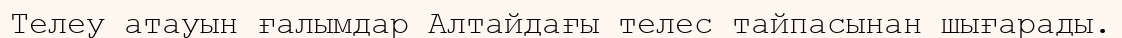
Телеу атауын ғалымдар Алтайдағы телес тайпасынан шығарады.